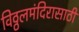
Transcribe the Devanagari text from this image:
विठ्ठलमंदिरासाठी